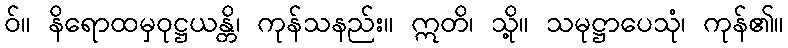
ဝ်။ နိရောထမှဝုဋ္ဌယန္တိ၊ ကုန်သနည်း။ ဣတိ၊ သို့။ သမုဋ္ဌာပေသုံ၊ ကုန်၏။